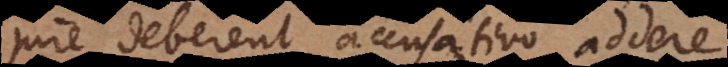
jure deberent accusativo addere